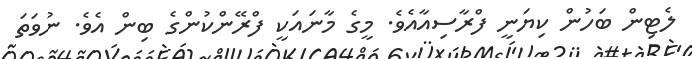
ލެޓިން ބަހުން ކިޔަނީ ފްރާސިއާއެވެ. މީގެ މާނައަކީ ފްރޭންކުންގެ ބިން އެވެ. ނުވަތަ